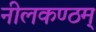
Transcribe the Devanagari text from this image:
नीलकण्ठम्